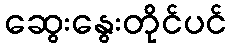
ဆွေးနွေးတိုင်ပင်